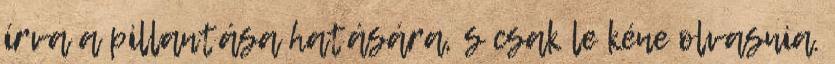
írva a pillantása hatására, s csak le kéne olvasnia.